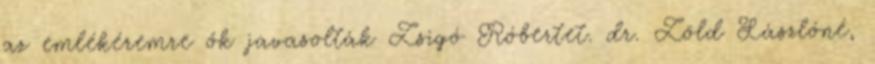
az emlékéremre ők javasolták Zsigó Róbertet. dr. Zöld Lászlóné,